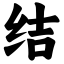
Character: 结